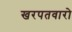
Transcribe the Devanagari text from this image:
खरपतवारो